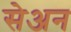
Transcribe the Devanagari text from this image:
सेअन